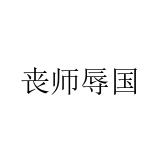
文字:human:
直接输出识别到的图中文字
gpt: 丧师辱国